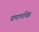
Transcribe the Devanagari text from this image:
प्रमाणचिह्न